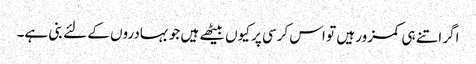
اگر اتنے ہی کمزور ہیں تو اس کرسی پر کیوں بیٹھے ہیں جو بہادروں کے لئے بنی ہے۔